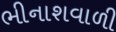
ભીનાશવાળી